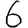
Digit: 6